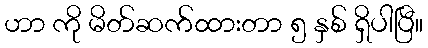
ဟာ ကို မိတ်ဆက်ထားတာ ၅ နှစ် ရှိပါပြီ။